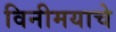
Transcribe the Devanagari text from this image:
विनीमयाचे